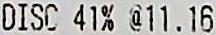
DISC 41% @11.16